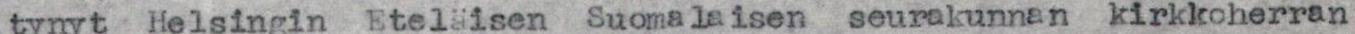
tynyt Helsingin Eteläisen Suomalaisen seurakunnan kirkkoherran